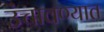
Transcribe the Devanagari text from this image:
उंचावण्यात